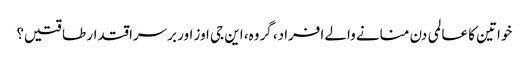
خواتین کا عالمی دن منانے والے افراد، گروہ، این جی اوز اور برسراقتدار طاقتیں؟